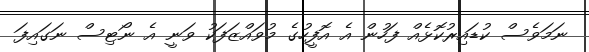
ނަމަވެސް ކުޑައިރުކޮޅެއް ފަހުން އެ އޮފީހުގެ މުވައްޒަފަކު ވަނީ އެ ނޯޓިސް ނަގައިފަ